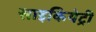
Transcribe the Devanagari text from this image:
साइकियेट्री